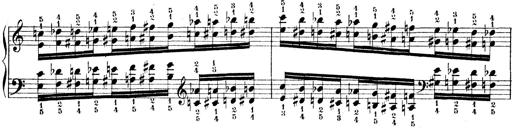
Title: Technische Studien
Composer: Franz Liszt